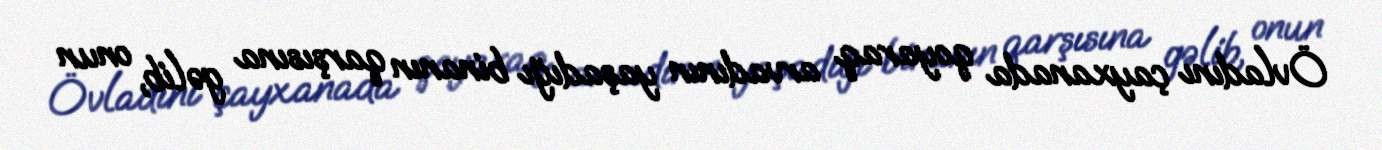
Övladını çayxanada qoyaraq arvadının yaşadığı binanın qarşısına gəlib, onun